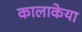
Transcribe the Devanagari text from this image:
कालाकेया